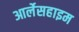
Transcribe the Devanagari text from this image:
आर्लेसहाइम